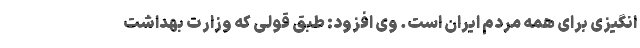
انگیزی برای همه مردم ایران است. وی افزود: طبق قولی که وزارت بهداشت